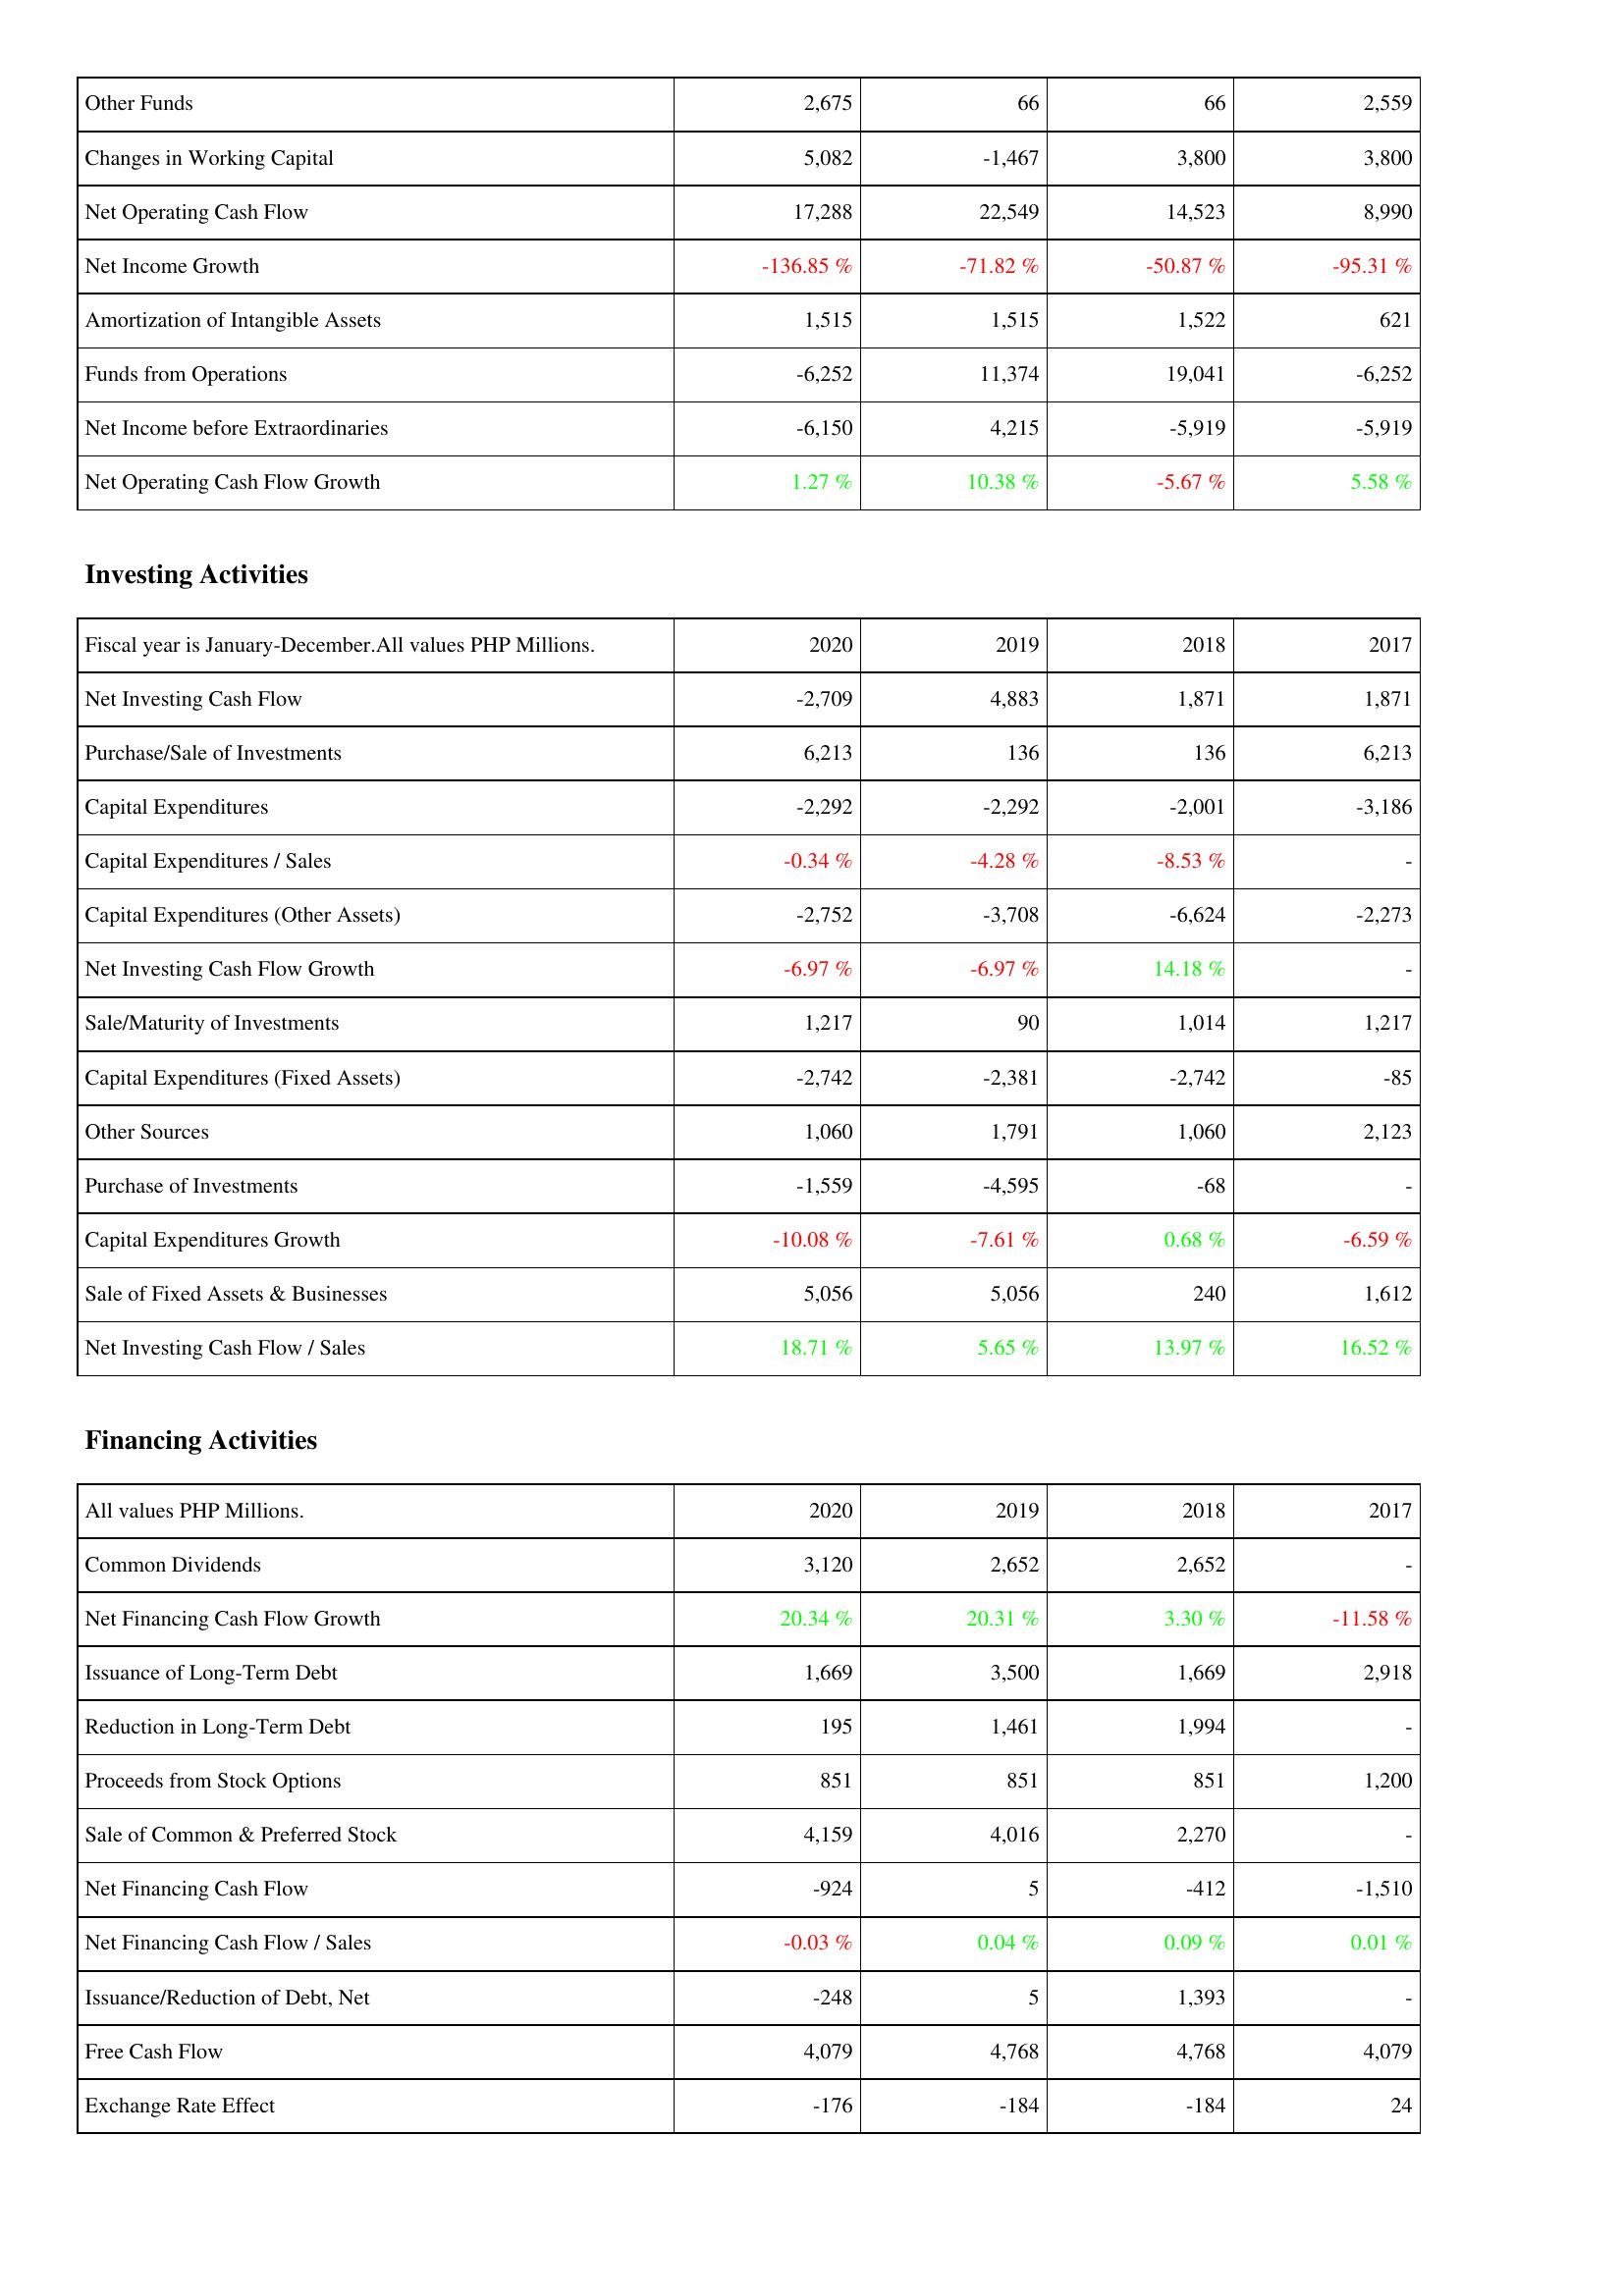
2020: Operating Activities: Other Funds: 2,675
Changes in Working Capital: 5,082
Net Operating Cash Flow: 17,288
Net Income Growth: -136.85 %
Amortization of Intangible Assets: 1,515
Funds from Operations: -6,252
Net Income before Extraordinaries: -6,150
Net Operating Cash Flow Growth: 1.27 %
Investing Activities: Net Investing Cash Flow: -2,709
Purchase/Sale of Investments: 6,213
Capital Expenditures: -2,292
Capital Expenditures / Sales: -0.34 %
Capital Expenditures (Other Assets): -2,752
Net Investing Cash Flow Growth: -6.97 %
Sale/Maturity of Investments: 1,217
Capital Expenditures (Fixed Assets): -2,742
Other Sources: 1,060
Purchase of Investments: -1,559
Capital Expenditures Growth: -10.08 %
Sale of Fixed Assets & Businesses: 5,056
Net Investing Cash Flow / Sales: 18.71 %
Financing Activities: Common Dividends: 3,120
Net Financing Cash Flow Growth: 20.34 %
Issuance of Long-Term Debt: 1,669
Reduction in Long-Term Debt: 195
Proceeds from Stock Options: 851
Sale of Common & Preferred Stock: 4,159
Net Financing Cash Flow: -924
Net Financing Cash Flow / Sales: -0.03 %
Issuance/Reduction of Debt, Net: -248
Free Cash Flow: 4,079
Exchange Rate Effect: -176
2019: Operating Activities: Other Funds: 66
Changes in Working Capital: -1,467
Net Operating Cash Flow: 22,549
Net Income Growth: -71.82 %
Amortization of Intangible Assets: 1,515
Funds from Operations: 11,374
Net Income before Extraordinaries: 4,215
Net Operating Cash Flow Growth: 10.38 %
Investing Activities: Net Investing Cash Flow: 4,883
Purchase/Sale of Investments: 136
Capital Expenditures: -2,292
Capital Expenditures / Sales: -4.28 %
Capital Expenditures (Other Assets): -3,708
Net Investing Cash Flow Growth: -6.97 %
Sale/Maturity of Investments: 90
Capital Expenditures (Fixed Assets): -2,381
Other Sources: 1,791
Purchase of Investments: -4,595
Capital Expenditures Growth: -7.61 %
Sale of Fixed Assets & Businesses: 5,056
Net Investing Cash Flow / Sales: 5.65 %
Financing Activities: Common Dividends: 2,652
Net Financing Cash Flow Growth: 20.31 %
Issuance of Long-Term Debt: 3,500
Reduction in Long-Term Debt: 1,461
Proceeds from Stock Options: 851
Sale of Common & Preferred Stock: 4,016
Net Financing Cash Flow: 5
Net Financing Cash Flow / Sales: 0.04 %
Issuance/Reduction of Debt, Net: 5
Free Cash Flow: 4,768
Exchange Rate Effect: -184
2018: Operating Activities: Other Funds: 66
Changes in Working Capital: 3,800
Net Operating Cash Flow: 14,523
Net Income Growth: -50.87 %
Amortization of Intangible Assets: 1,522
Funds from Operations: 19,041
Net Income before Extraordinaries: -5,919
Net Operating Cash Flow Growth: -5.67 %
Investing Activities: Net Investing Cash Flow: 1,871
Purchase/Sale of Investments: 136
Capital Expenditures: -2,001
Capital Expenditures / Sales: -8.53 %
Capital Expenditures (Other Assets): -6,624
Net Investing Cash Flow Growth: 14.18 %
Sale/Maturity of Investments: 1,014
Capital Expenditures (Fixed Assets): -2,742
Other Sources: 1,060
Purchase of Investments: -68
Capital Expenditures Growth: 0.68 %
Sale of Fixed Assets & Businesses: 240
Net Investing Cash Flow / Sales: 13.97 %
Financing Activities: Common Dividends: 2,652
Net Financing Cash Flow Growth: 3.30 %
Issuance of Long-Term Debt: 1,669
Reduction in Long-Term Debt: 1,994
Proceeds from Stock Options: 851
Sale of Common & Preferred Stock: 2,270
Net Financing Cash Flow: -412
Net Financing Cash Flow / Sales: 0.09 %
Issuance/Reduction of Debt, Net: 1,393
Free Cash Flow: 4,768
Exchange Rate Effect: -184
2017: Operating Activities: Other Funds: 2,559
Changes in Working Capital: 3,800
Net Operating Cash Flow: 8,990
Net Income Growth: -95.31 %
Amortization of Intangible Assets: 621
Funds from Operations: -6,252
Net Income before Extraordinaries: -5,919
Net Operating Cash Flow Growth: 5.58 %
Investing Activities: Net Investing Cash Flow: 1,871
Purchase/Sale of Investments: 6,213
Capital Expenditures: -3,186
Capital Expenditures / Sales: -
Capital Expenditures (Other Assets): -2,273
Net Investing Cash Flow Growth: -
Sale/Maturity of Investments: 1,217
Capital Expenditures (Fixed Assets): -85
Other Sources: 2,123
Purchase of Investments: -
Capital Expenditures Growth: -6.59 %
Sale of Fixed Assets & Businesses: 1,612
Net Investing Cash Flow / Sales: 16.52 %
Financing Activities: Common Dividends: -
Net Financing Cash Flow Growth: -11.58 %
Issuance of Long-Term Debt: 2,918
Reduction in Long-Term Debt: -
Proceeds from Stock Options: 1,200
Sale of Common & Preferred Stock: -
Net Financing Cash Flow: -1,510
Net Financing Cash Flow / Sales: 0.01 %
Issuance/Reduction of Debt, Net: -
Free Cash Flow: 4,079
Exchange Rate Effect: 24